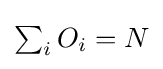
{\textstyle \sum _{i}O_{i}=N}